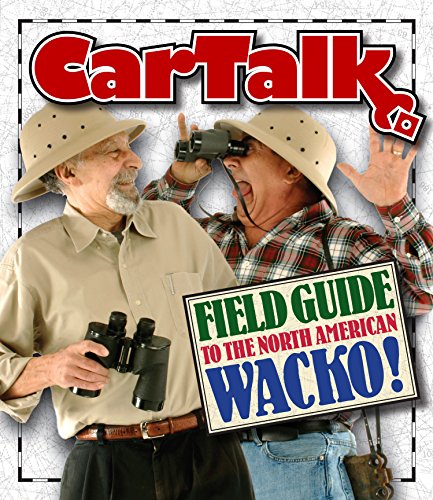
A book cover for Car Talk Field Guide to the North American Wacko; Ray Magliozzi; Humor & Entertainment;